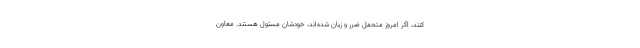
کنند، اگر امروز متحمل ضرر و زیان شده‌اند، خودشان مسئول هستند. معاون